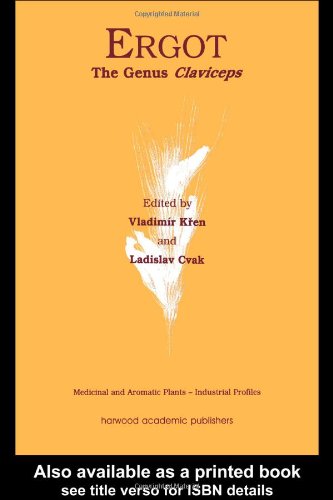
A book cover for Ergot: The Genus Claviceps (Medicinal and Aromatic Plants - Industrial Profiles); Medical Books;